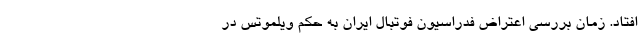
افتاد. زمان بررسی اعتراض فدراسیون فوتبال ایران به حکم ویلموتس در